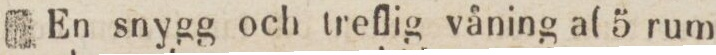
En snygg och treflig våning af 5 rum